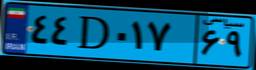
۳۳D۱۷۶۹۸